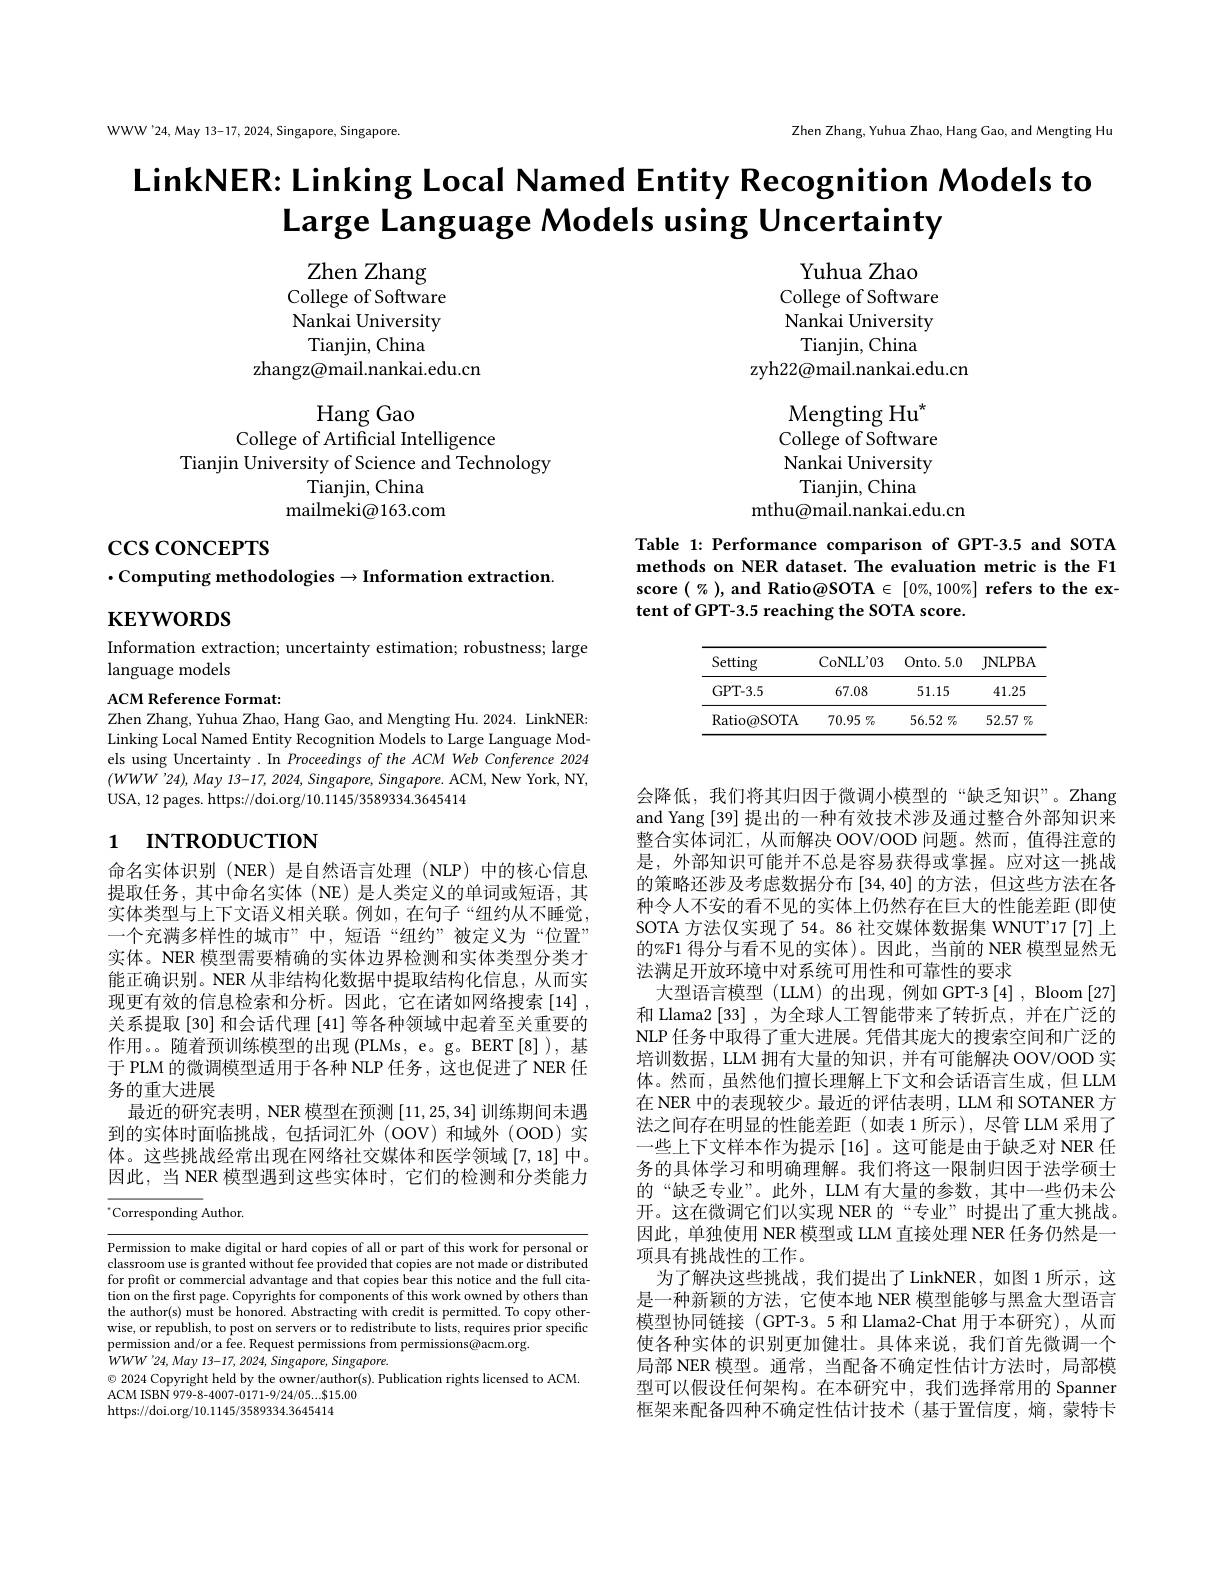
WWW'24,May 13-17, 2024, Singapore, Singapore.

Zhen Zhang, Yuhua Zhao, Hang Gao, and Mengting Hu

LinkNER: Linking Local Named Entity Recognition Models to
$\textbf{Large Language Models using Uncertainty}$

Zhen Zhang College of Software Nankai University
Tianjin, China
zhangz@mail.nankai.edu.cn
Hang Gao
College of Artificial Intelligence
Tianjin University of Science and Technology
Tianjin, China
mailmeki@163.com

Yuhua Zhao
College of Software Nankai University Tianjin, China
zyh22@mail.nankai.edu.cn
Mengting Hu$^{*}$ College of Software Nankai University
Tianjin, China
mthu@mail.nankai.edu.cn

$\csc\cos$concerrs

$\cdot$Computing methodologies$\to$Information extraction.

Table 1: Performance comparison of GPT-3.5 and SOTA methods on NER dataset. The evaluation metric is the F1 score $(\%)$, and Ratio@SOTA $\in [ 0\% , 100\% ] \textbf{ refers to the ex- }$ tent of GPT-3.5 reaching the SOTA score.

$\mathbf{KEYWORDS}$

Information extraction; uncertainty estimation; robustness; large
language models

<table>
	<tbody>
		<tr>
			<th>Setting</th>
			<th>CoNL$L^{\prime }$03</th>
			<th>Onto.5.0</th>
			<th>JNLPBA</th>
		</tr>
		<tr>
			<td>GPT- 3. 5</td>
			<td>67.08</td>
			<td>51.15</td>
			<td>41.25</td>
		</tr>
		<tr>
			<td>Ratio$( \bar{\omega }$SOTA</td>
			<td>70.95 $5\%$</td>
			<td>56.52 $7_{0}$</td>
			<td>52.57 $\%$</td>
		</tr>
	</tbody>
</table>

ACM Reference Format:
Zhen Zhang, Yuhua Zhao, Hang Gao, and Mengting Hu. 2024. LinkNER: Linking Local Named Entity Recognition Models to Large Language Models using Uncertainty. In Proceedings of the ACM Web Conference 2024 $( WWW^{\prime }24) , May$ 13-17, 2024, $Singapore$, $Singapore.$ $ACM$, New $York$, $NY$, USA, 12 pages. https://doi.org/10.1145/3589334.3645414

# 1 INTRODUCTION

命名实体识别 (NER)是自然语言处理 (NLP)中的核心信息提取任务，其中命名实体(NE)是人类定义的单词或短语，其实体类型与上下文语义相关联。例如，在句子“纽约从不睡觉， 一个充满多样性的城市”中，短语“纽约”被定义为“位置” 实体。NER 模型需要精确的实体边界检测和实体类型分类才能正确识别。NER 从非结构化数据中提取结构化信息，从而实现更有效的信息检索和分析。因此，它在诸如网络搜索$\left[14\right]$, 关系提取[30] 和会话代理[41]等各种领域中起着至关重要的作用。。随着预训练模型的出现(PLMs,e。g。BERT[8]),基于 PLM 的微调模型适用于各种 NLP 任务，这也促进了 NER 任务的重大进展
最近的研究表明，NER 模型在预测[11,25,34]训练期间未遇到的实体时面临挑战，包括词汇外(OOV)和域外(OOD)实体。这些挑战经常出现在网络社交媒体和医学领域[7,18]中。因此，当 NER 模型遇到这些实体时，它们的检测和分类能力

会降低，我们将其归因于微调小模型的“缺乏知识”。Zhang and Yang [39] 提出的一种有效技术涉及通过整合外部知识来整合实体词汇，从而解决 OOV/OOD 问题。然而，值得注意的是，外部知识可能并不总是容易获得或掌握。应对这一挑战的策略还涉及考虑数据分布[34,40]的方法，但这些方法在各种令人不安的看不见的实体上仍然存在巨大的性能差距(即使SOTA 方法仅实现了 54。86 社交媒体数据集 WNUT'17 [7]上的%F1 得分与看不见的实体)。因此，当前的 NER 模型显然无法满足开放环境中对系统可用性和可靠性的要求
大型语言模型 (LLM) 的出现，例如 GPT-3 [4] , Bloom [27] 和 Llama2 [33] , 为全球人工智能带来了转折点，并在广泛的NLP 任务中取得了重大进展。凭借其庞大的搜索空间和广泛的培训数据，LLM 拥有大量的知识，并有可能解决 OOV/OOD 实体。然而，虽然他们擅长理解上下文和会话语言生成，但 LLM 在 NER 中的表现较少。最近的评估表明，LLM 和 SOTANER 方法之间存在明显的性能差距(如表 1 所示),尽管 LLM 采用了一些上下文样本作为提示 [16] 。这可能是由于缺乏对 NER 任务的具体学习和明确理解。我们将这一限制归因于法学硕士的“缺乏专业”。此外，LLM 有大量的参数，其中一些仍未公开。这在微调它们以实现 NER 的“专业”时提出了重大挑战。因此，单独使用 NER 模型或 LLM 直接处理 NER 任务仍然是一项具有挑战性的工作。
为了解决这些挑战，我们提出了LinkNER，如图1所示，这是一种新颖的方法，它使本地 NER 模型能够与黑盒大型语言模型协同链接(GPT-3。5 和 Llama2-Chat 用于本研究),从而使各种实体的识别更加健壮。具体来说，我们首先微调一个局部 NER 模型。通常，当配备不确定性估计方法时，局部模型可以假设任何架构。在本研究中，我们选择常用的 Spanner 框架来配备四种不确定性估计技术(基于置信度，熵，蒙特卡

$^{*}$Corresponding Author.

Permission to make digital or hard copies of all or part of this work for personal or classroom use is granted without fee provided that copies are not made or distributed for profit or commercial advantage and that copies bear this notice and the full citation on the first page. Copyrights for components of this work owned by others than the author(s) must be honored. Abstracting with credit is permitted. To copy otherwise, or republish, to post on servers or to redistribute to lists, requires prior specific permission and/or a fee. Request permissions from permissions@acm.org.
$\dot{W} WW\:^{\prime }24, May$ 13-17, 2024, $Singapore$, $Singapore.$
$\odot$ 2024 Copyright held by the owner/author(s). Publication rights licensed to ACM.
ACM ISBN 979-8-4007-0171-9/24/05...$15.00
https://doi.org/10.1145/3589334.3645414